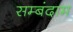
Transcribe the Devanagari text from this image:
सम्बंदाम